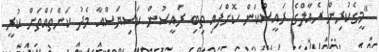
"މީގެކުރިން ރެއާލްގެ ރައީސްކަން ކޮށްފައި ތިބި ރައީސުން ކަސިޔަސްއާ މެދު ކަންތައްތަށް ކުރީ